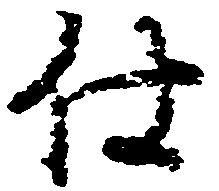
仕